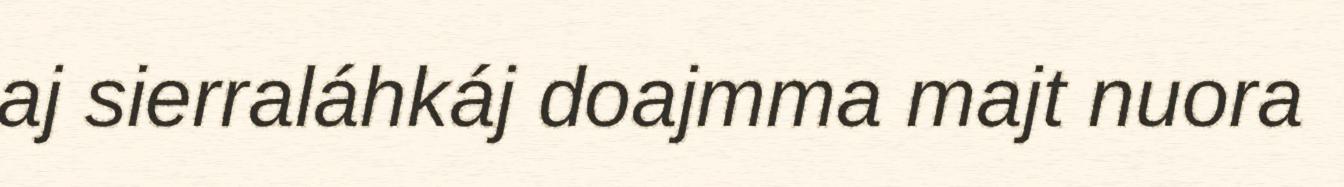
aj sierraláhkáj doajmma majt nuora